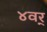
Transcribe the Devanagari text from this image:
४वर्